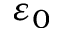
\varepsilon _ { 0 }